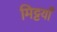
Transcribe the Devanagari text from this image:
मिट्टयाँ